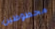
محظوظين